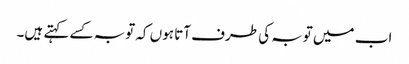
اب میں توبہ کی طرف آتا ہوں کہ توبہ کسے کہتے ہیں۔